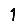
Digit: 1